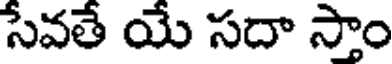
సేవతే యే సదా స్తాం